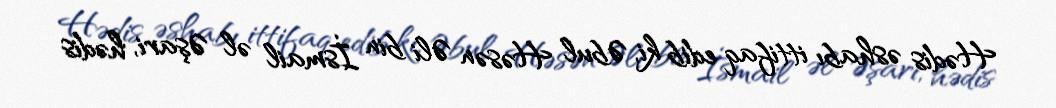
Hədis əshabı ittifaq edib ki, Əbul Həsən Əli bin İsmail əl Əşari, hədis